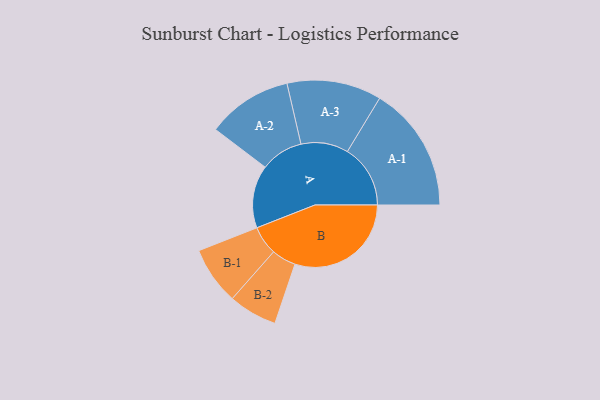
{"axis": {"x": "Segment", "y": "Value"}, "legend": ["", "A", "B"], "data": [{"x": "A", "y": 268, "type": ""}, {"x": "B", "y": 497, "type": ""}, {"x": "A-1", "y": 269, "type": "A"}, {"x": "A-2", "y": 182, "type": "A"}, {"x": "A-3", "y": 202, "type": "A"}, {"x": "B-1", "y": 124, "type": "B"}, {"x": "B-2", "y": 104, "type": "B"}]}